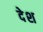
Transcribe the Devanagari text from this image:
देेश